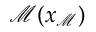
\mathcal { M } ( \boldsymbol { x } _ { \mathcal { M } } )